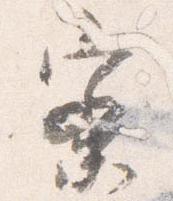
密